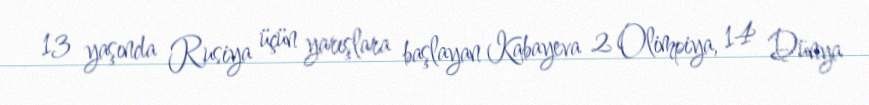
13 yaşında Rusiya üçün yarışlara başlayan Kabayeva 2 Olimpiya, 14 Dünya